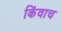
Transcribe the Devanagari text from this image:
किंवाच